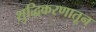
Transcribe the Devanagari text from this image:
शुद्धिकरणातून